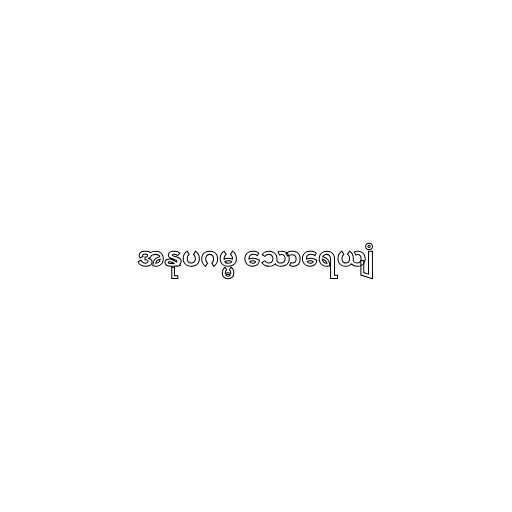
အနုပဂမ္မ သောရေယျံ